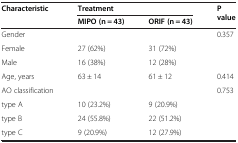
| <ROWSPAN=2> Characteristic | <COLSPAN=2> Treatment | <ROWSPAN=2> P value |
 | MIPO (n = 43) | ORIF (n = 43) |
 | --- | --- | --- | --- |
 | Gender |  |  | 0.357 |
 | Female | 27 (62%) | 31 (72%) |  |
 | Male | 16 (38%) | 12 (28%) |  |
 | Age, years | 63 ± 14 | 61 ± 12 | 0.414 |
 | AO classification |  |  | 0.753 |
 | type A | 10 (23.2%) | 9 (20.9%) |  |
 | type B | 24 (55.8%) | 22 (51.2%) |  |
 | type C | 9 (20.9%) | 12 (27.9%) |  |